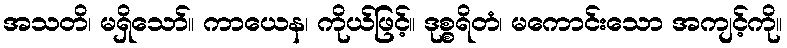
အသတိ၊ မရှိသော်။ ကာယေန၊ ကိုယ်ဖြင့်။ ဒုစ္စရိတံ၊ မကောင်းသော အကျင့်ကို။